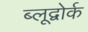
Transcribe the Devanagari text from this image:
ब्लूद्वोर्क